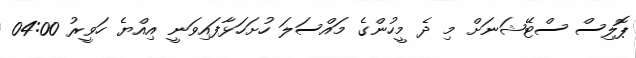
ޕޮލިސް ސްޓޭޝަނަށް މި ދެ މީހުންގެ މައްސަލަ ހުށަހަޅާފައިވަނީ އިއްޔެ ހަވީރު 04:00